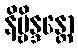
နိဗ္ဗိန္ဒန္တော